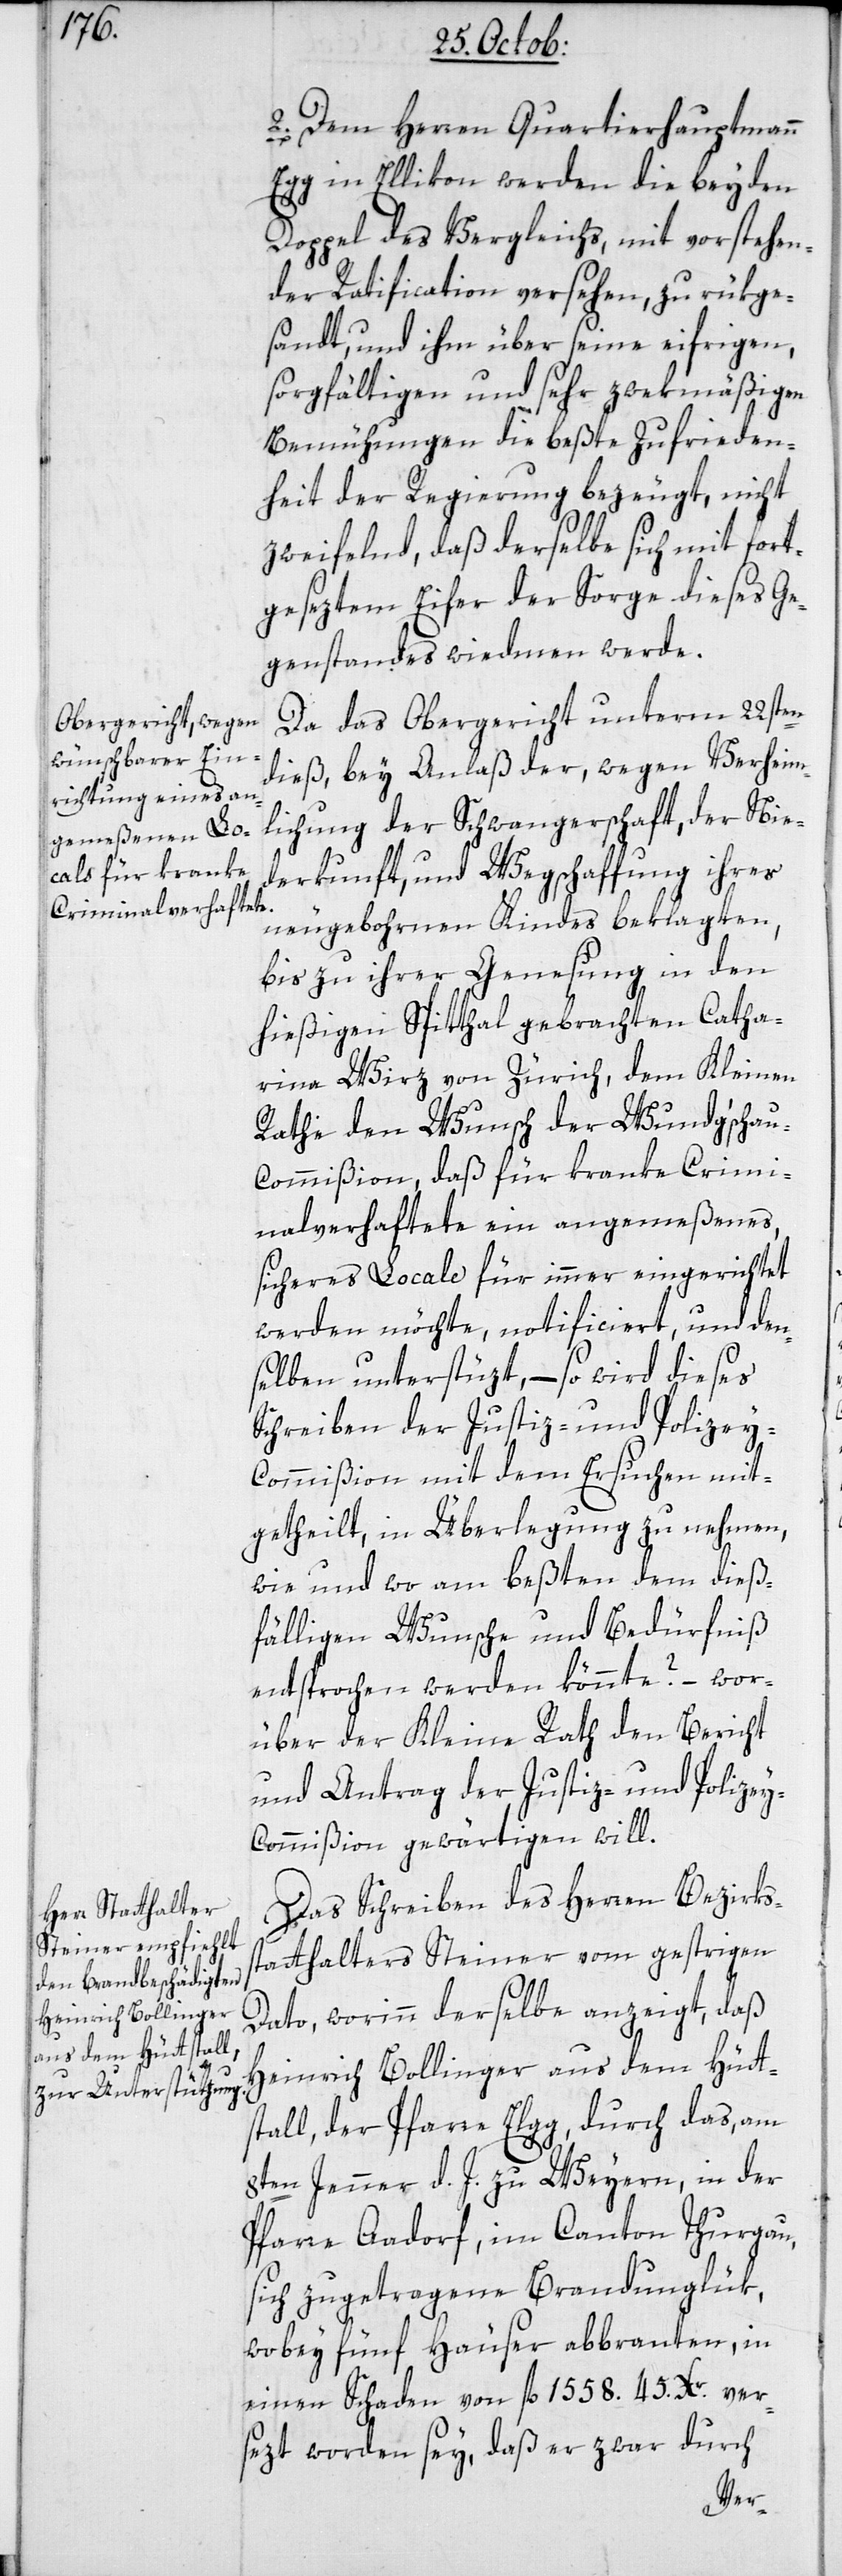
2. Dem Herren Quartierhauptmann
Egg in Ellikon werden die beyden
Doppel des Vergleichs, mit vorstehen¬
der Ratification versehen zurükge¬
sandt, und ihm über seine eifrigen,
sorgfältigen und sehr zwekmäßigen
Bemühungen die beßte Zufrieden¬
heit der Regierung bezeugt, nicht
zweifelnd, daß derselbe sich mit fort¬
geseztem Eifer der Sorge dieses Ge¬
genstandes widmen werde.
Da das Obergericht unterm 22sten
dieß, bey Anlaß der wegen Verheim¬
lichung der Schwangerschaft, der Nie¬
derkunft und Wegschaffung ihres
neugebohrnen Kindes beklagten,
bis zu ihrer Genesung in den
hießigen Spitthal gebrachten Catha¬
rina Wirz von Zürich, dem Kleinen
Rathe den Wunsch der Wundgscha¬
u-Commißion, daß für kranke Crimi¬
nalverhaftete ein angemeßenes,
sicheres Locale für immer eingerichtet
werden möchte, notificiert, und den¬
selben unterstüzt, – so wird dieses
Schreiben der Justiz- und Polizey-C¬
ommißion mit dem Ersuchen mit¬
getheilt, in Überlegung zu nehmen,
wie und wo am beßten dem dieß¬
fälligen Wunsche und Bedürfniß
entsprochen werden könnte? – wor¬
über der Kleine Rath den Bericht
und Antrag der Justiz- und Polize¬
y-Commißion gewärtigen will.
Das Schreiben des Herren Bezirks¬
statthalters Steiner vom gestrigen
Dato, worinn derselbe anzeigt, daß
Heinrich Bollinger aus dem Hütt¬
stall, der Pfarre Elgg, durch das am
8ten Jenner d. J. zu Weyern, in der
Pfarre Aadorf im Canton Thurgau,
sich zugetragene Brandunglük,
wobey fünf Häuser abbranten, in
einen Schaden von fl. 1558. 45. Xr. ver¬
sezt worden sey, daß er zwar durch